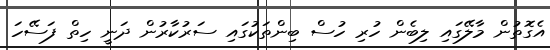
އެގޮތުން މާލޭގައި ލިބެން ހުރި ހުސް ބިންތަކުގައި ސަރުކާރުން ދަނީ ހިތް ފަސޭހަ